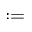
: =